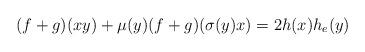
LaTeX: \begin{align*} (f+g)(xy)+\mu(y)(f+g)(\sigma(y)x)=2h(x)h_e(y)\end{align*}